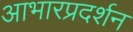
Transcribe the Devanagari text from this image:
आभारप्रदर्शन